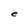
Character: e